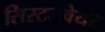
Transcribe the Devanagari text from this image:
सिस्टमवेयर